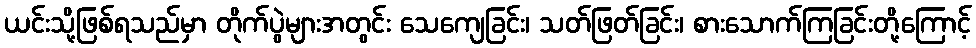
ယင်းသို့ဖြစ်ရသည်မှာ တိုက်ပွဲများအတွင်း သေကျေခြင်း၊ သတ်ဖြတ်ခြင်း၊ စားသောက်ကြခြင်းတို့ကြောင့်